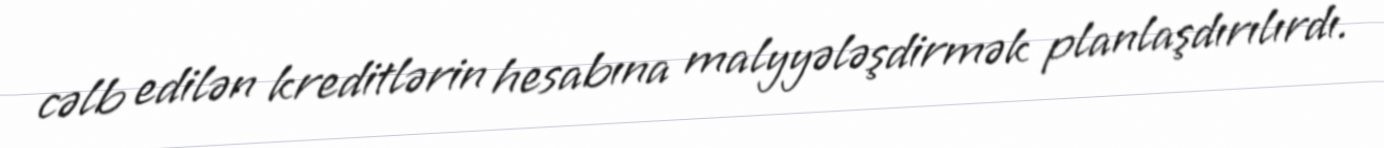
cəlb edilən kreditlərin hesabına malyyələşdirmək planlaşdırılırdı.